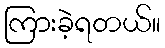
ကြားခဲ့ရတယ်။